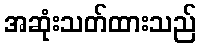
အဆုံးသတ်ထားသည်